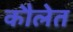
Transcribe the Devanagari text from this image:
कौलेत